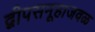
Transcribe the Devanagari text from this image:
द्वीपसमूहाजवळ